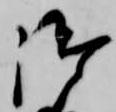
御